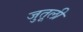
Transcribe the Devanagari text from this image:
जुतूली